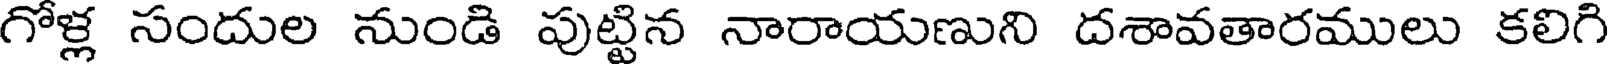
గోళ్ల సందుల నుండి పుట్టిన నారాయణుని దశావతారములు కలిగి